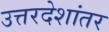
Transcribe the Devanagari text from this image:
उत्तरदेशांतर